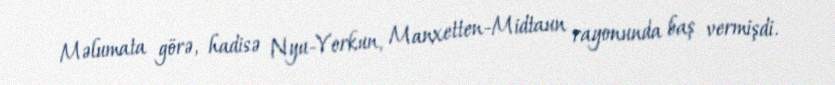
Məlumata görə, hadisə Nyu-Yorkun, Manxetten-Midtaun rayonunda baş vermişdi.